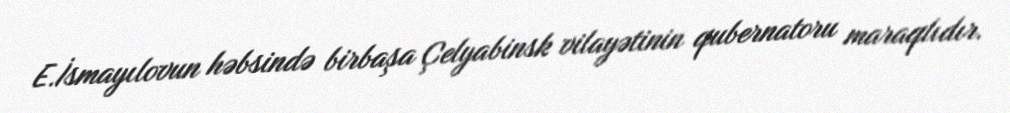
E.İsmayılovun həbsində birbaşa Çelyabinsk vilayətinin qubernatoru maraqlıdır.